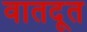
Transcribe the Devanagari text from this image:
वातदूत